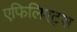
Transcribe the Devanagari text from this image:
एफिलिएट्स